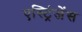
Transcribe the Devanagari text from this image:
एस्ट्रिंजेंस